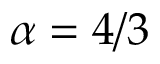
\alpha = 4 / 3